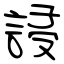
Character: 誛